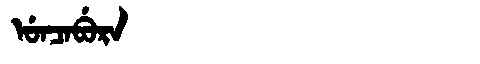
Manchu: ᡠᠨᠴᠠᠪᡠᡵᠠ
Romanization: UNCABURA